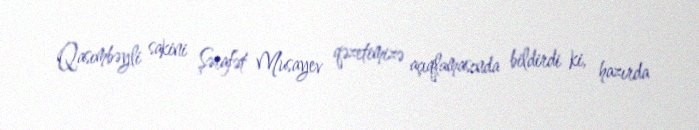
Qasımbəyli sakini Şərafət Musayev qəzetimizə açıqlamasında bildirdi ki, hazırda